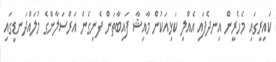
ކައިރީގައި މެހެރީން އިނދެފައި އެއްލި ކަޅިއަކުން މާއިޝާ ފައިބާތަން ފެނިގެން އަރްސަލާންގެ މުލައްދަނޑީގައި